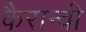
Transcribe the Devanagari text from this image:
कैरान्वी